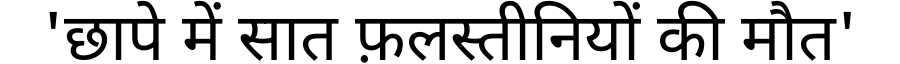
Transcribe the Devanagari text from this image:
'छापे में सात फ़लस्तीनियों की मौत'